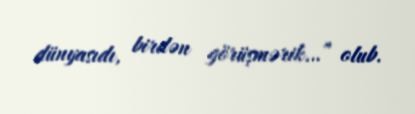
dünyasıdı, birdən görüşmərik…” olub.